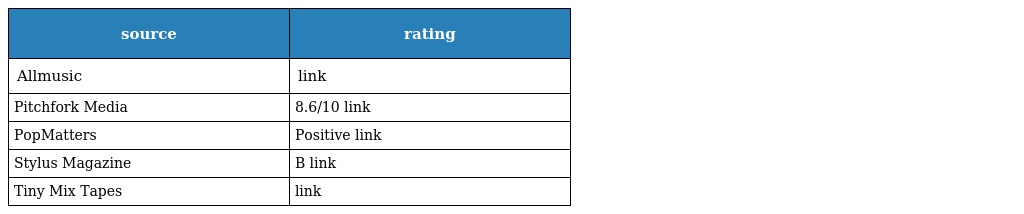
| source | rating |
 | --- | --- |
 | Allmusic | link |
 | Pitchfork Media | 8.6/10 link |
 | PopMatters | Positive link |
 | Stylus Magazine | B link |
 | Tiny Mix Tapes | link |